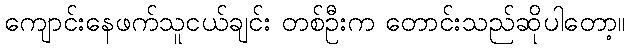
ကျောင်းနေဖက်သူငယ်ချင်း တစ်ဦးက တောင်းသည်ဆိုပါတော့။